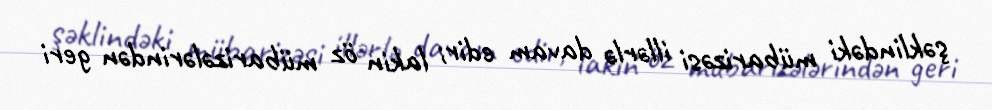
şəklindəki mübarizəsi illərlə davam edir; lakin öz mübarizələrindən geri